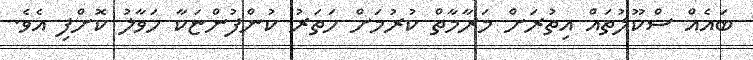
ބައެއް ސްކޫލުތައް އިތުރަށް މަރާމާތް ކުރުމަށް ހަތަރު ކުންފުންޏަކާ ހަވާލު ކޮށްފި އެވެ.